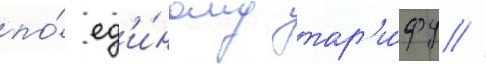
по́ ед'и́ному тар'и́фу //